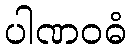
ပါဏဝဓံ